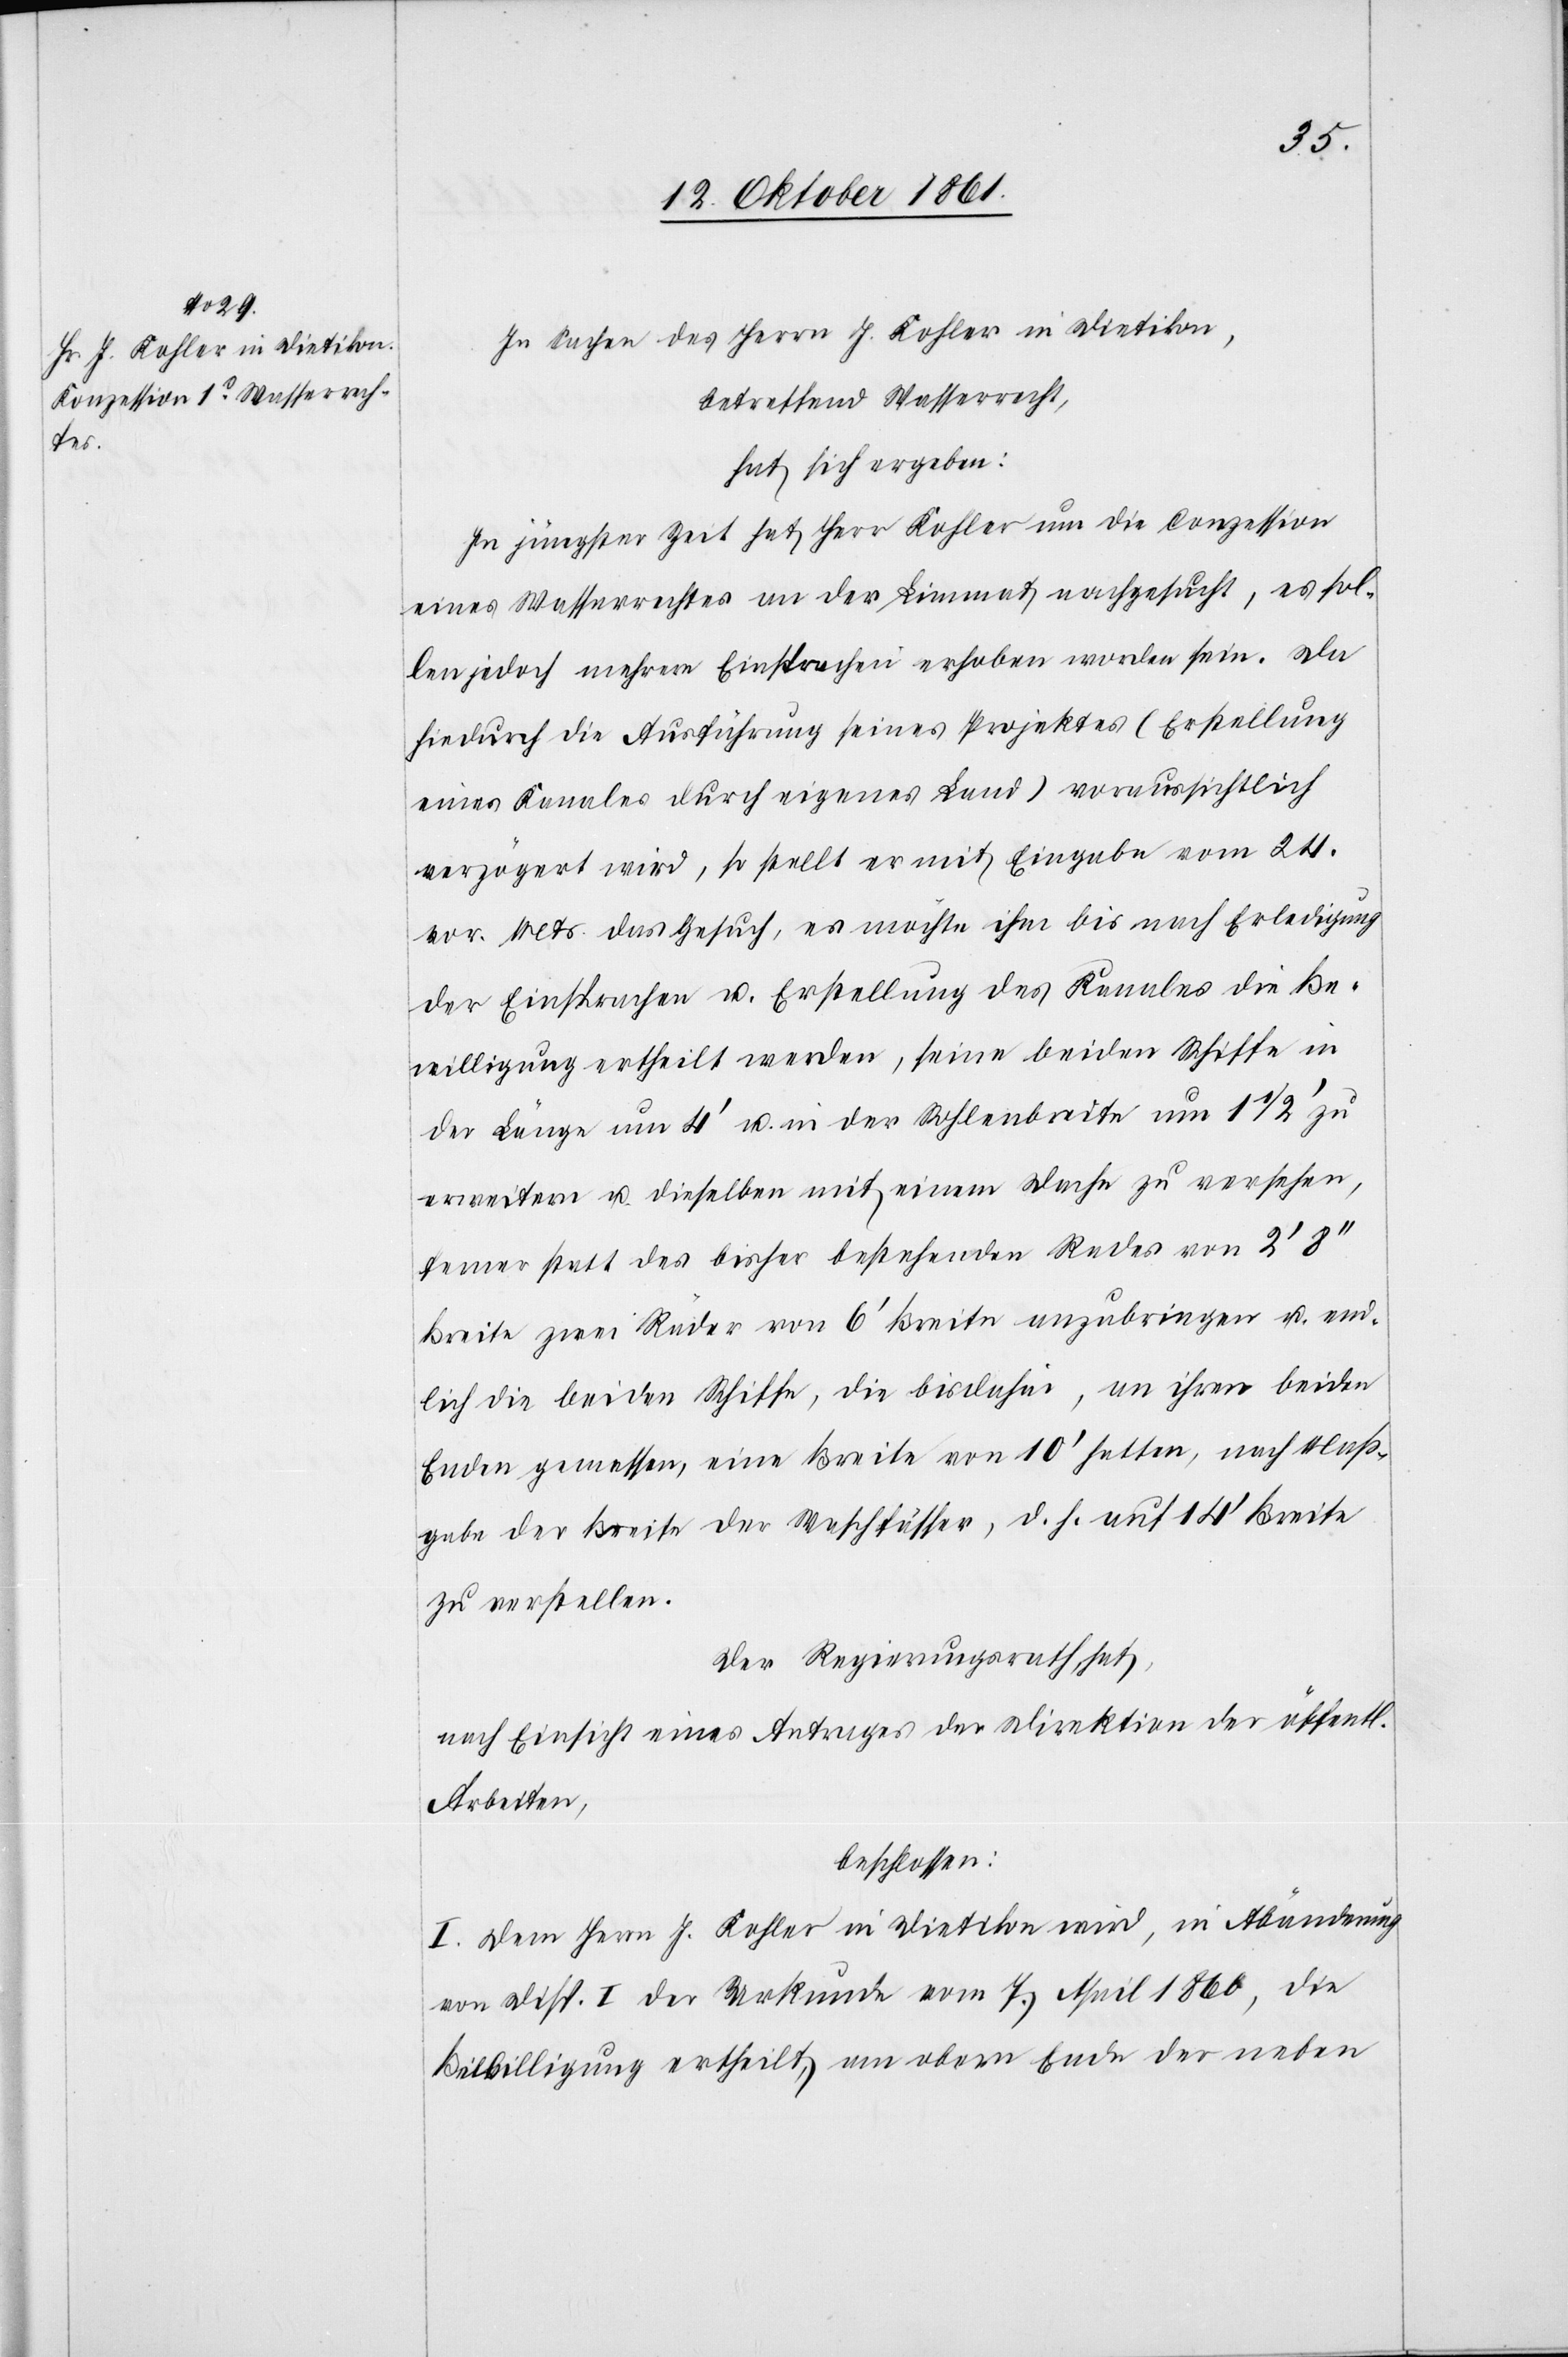
chen

In Sachen des Herrn J. Kohler in Dietikon,
betreffend Wasserrecht,
hat sich ergeben:
In jüngster Zeit hat Herr Kohler um die Conzession
eines Wasserrechtes an der Limmat nachgesucht, es sol¬
len jedoch mehrere Einsprachen erhoben worden sein. Da
hiedurch die Ausführung seines Projektes (Erstellung
eines Kanales durch eigenes Land) voraussichtlich
verzögert wird, so stellt er mit Eingabe vom 24
vor. Mts. das Gesuch, es möchte ihm bis nach Erledigung
der Einsprachen u. Erstellung des Runnels [sic!] die Be¬
willigung ertheilt werden, seine beiden Schiffe in
der Länge um 4‘ u. in der Sohlenbreite um 1 1/2‘ zu
erweitern u. dieselben mit einem Dache zu versehen,
ferner statt des bisher bestehenden Rades von 2‘ 8‘‘
Breite zwei Räder von 6‘ Breite anzubringen u. end¬
lich die beiden Schiffe, die bisdahin, an ihren beiden
Enden gemessen, eine Breite von 10‘ hatten, nach Maß¬
gabe der Breite der Waschfässer , d. h. auf 14‘ Breite
zu erstellen.
Der Regierungsrath hat
nach Einsicht eines Antrages der Direktion der öffentli¬
Arbeiten,
beschlossen:
I. Dem Herrn J. Kohler in Dietikon wird, in Abänderung
von Disp. I der Urkunde vom 7. April 1860, die
Bewilligung ertheilt, am obern Ende der neben